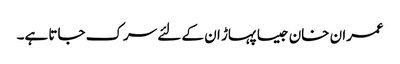
عمران خان جیسا پہاڑ ان کے لئے سرک جاتا ہے۔